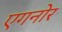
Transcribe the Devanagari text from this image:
एगनोर